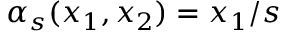
\alpha _ { s } ( x _ { 1 } , x _ { 2 } ) = x _ { 1 } / s